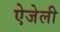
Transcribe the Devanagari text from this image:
ऐजेली